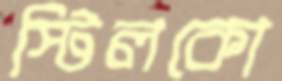
স্টিলকো